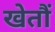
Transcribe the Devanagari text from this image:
खेतौं